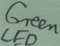
Text: Green LED